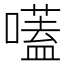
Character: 𡀽